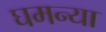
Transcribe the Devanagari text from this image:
घमन्या